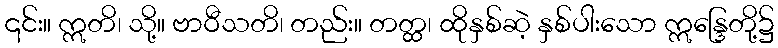
၎င်း။ ဣတိ၊ သို့။ ဗာဝီသတိ၊ တည်း။ တတ္ထ၊ ထိုနှစ်ဆဲ့ နှစ်ပါးသော ဣန္ဒြေတို့၌